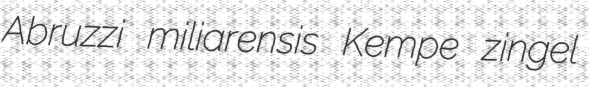
Abruzzi miliarensis Kempe zingel